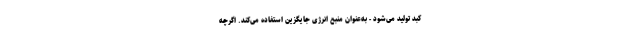
کبد تولید می‌شود - به‌عنوان منبع انرژی جایگزین استفاده می‌کند. اگرچه